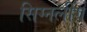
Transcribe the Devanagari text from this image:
सिग्नलींग